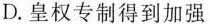
D. 皇权专制得到加强